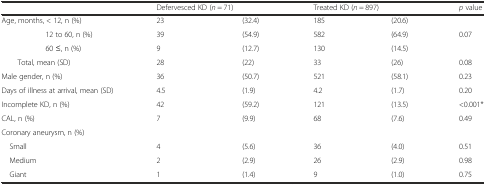
|  | <COLSPAN=2> Defervesced KD (n = 71) | <COLSPAN=2> Treated KD (n = 897) | p value |
 | --- | --- | --- | --- | --- | --- |
 | Age, months, < 12, n (%) | 23 | (32.4) | 185 | (20.6) |  |
 | 12 to 60, n (%) | 39 | (54.9) | 582 | (64.9) | 0.07 |
 | 60 ≤, n (%) | 9 | (12.7) | 130 | (14.5) |  |
 | Total, mean (SD) | 28 | (22) | 33 | (26) | 0.08 |
 | Male gender, n (%) | 36 | (50.7) | 521 | (58.1) | 0.23 |
 | Days of illness at arrival, mean (SD) | 4.5 | (1.9) | 4.2 | (1.7) | 0.20 |
 | Incomplete KD, n (%) | 42 | (59.2) | 121 | (13.5) | <0.001* |
 | CAL, n (%) | 7 | (9.9) | 68 | (7.6) | 0.49 |
 | Coronary aneurysm, n (%) |  |  |  |  |  |
 | Small | 4 | (5.6) | 36 | (4.0) | 0.51 |
 | Medium | 2 | (2.9) | 26 | (2.9) | 0.98 |
 | Giant | 1 | (1.4) | 9 | (1.0) | 0.75 |